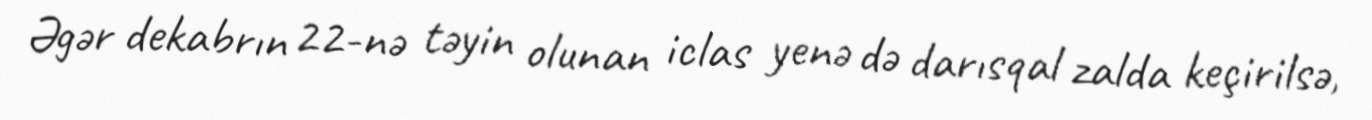
Əgər dekabrın 22-nə təyin olunan iclas yenə də darısqal zalda keçirilsə,